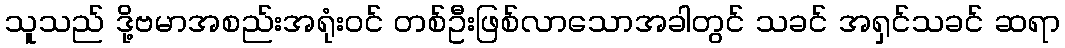
သူသည် ဒို့ဗမာအစည်းအရုံးဝင် တစ်ဦးဖြစ်လာသောအခါတွင် သခင် အရှင်သခင် ဆရာ